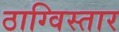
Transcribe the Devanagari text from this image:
ठाग्विस्तार